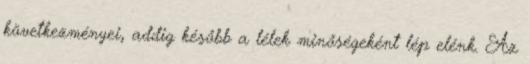
következményei, addig később a lélek minőségeként lép elénk. Az